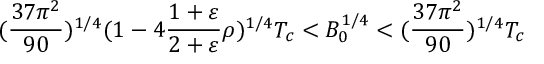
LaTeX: ( { \frac { 3 7 \pi ^ { 2 } } { 9 0 } } ) ^ { 1 / 4 } ( 1 - 4 { \frac { 1 + \varepsilon } { 2 + \varepsilon } } \rho ) ^ { 1 / 4 } T _ { c } < B _ { 0 } ^ { 1 / 4 } < ( { \frac { 3 7 \pi ^ { 2 } } { 9 0 } } ) ^ { 1 / 4 } T _ { c }